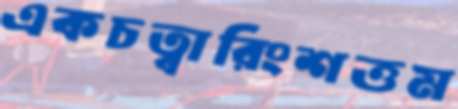
একচত্বারিংশত্তম